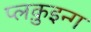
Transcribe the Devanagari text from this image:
प्लक़ुइन्ग